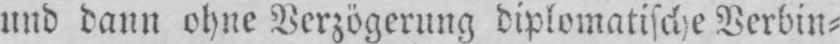
und dann ohne Verzögerung diplomatische Verbin⸗